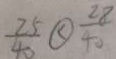
\frac { 2 5 } { 4 0 } \textcircled { < } \frac { 2 8 } { 4 0 }